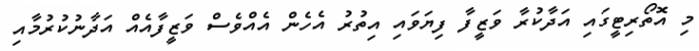
މި އޮތޯރިޓީގައި އަދާކުރާ ވަޒީފާ ފިޔަވައި އިތުރު އެހެން އެއްވެސް ވަޒީފާއެއް އަދާނުކުރުމާއި